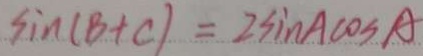
\sin ( B + C ) = 2 \sin A \cos A